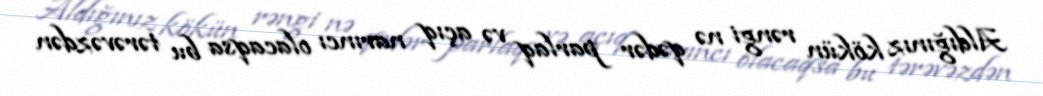
Aldığınız kökün rəngi nə qədər parlaq və açıq narıncı olacaqsa bu tərəvəzdən